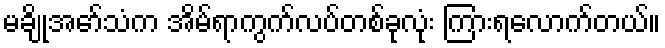
မချိုအော်သံက အိမ်ရာကွက်လပ်တစ်ခုလုံး ကြားရလောက်တယ်။